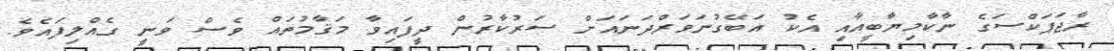
ރާޖަޕަކްސަގެ ނާކާމިޔާބީއާއި އެކު އަބޭގުނަވަރްދަނައަށް ސަރުކާރުން ދީފައިވާ މަޤާމުތައް ވެސް ވަނީ ގެއްލިފައެވެ.